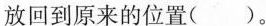
放回到原来的位置( )。